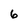
Character: 6